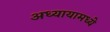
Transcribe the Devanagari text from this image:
अध्यायामध्ये